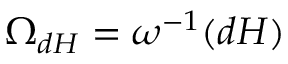
\Omega _ { d H } = \omega ^ { - 1 } ( d H )